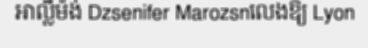
អាល្លឺម៉ង់ Dzsenifer Marozsnលេងឱ្យ Lyon